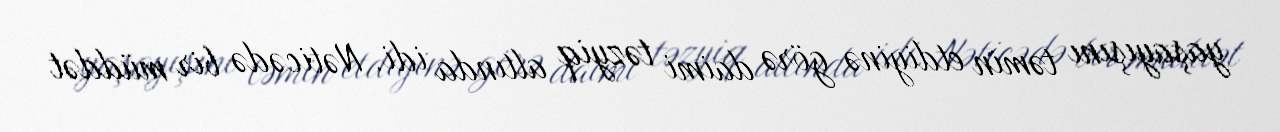
yaşayışını təmin etdiyinə görə daimi təzyiq altında idi. Nəticədə bir müddət